Indian Medical Review
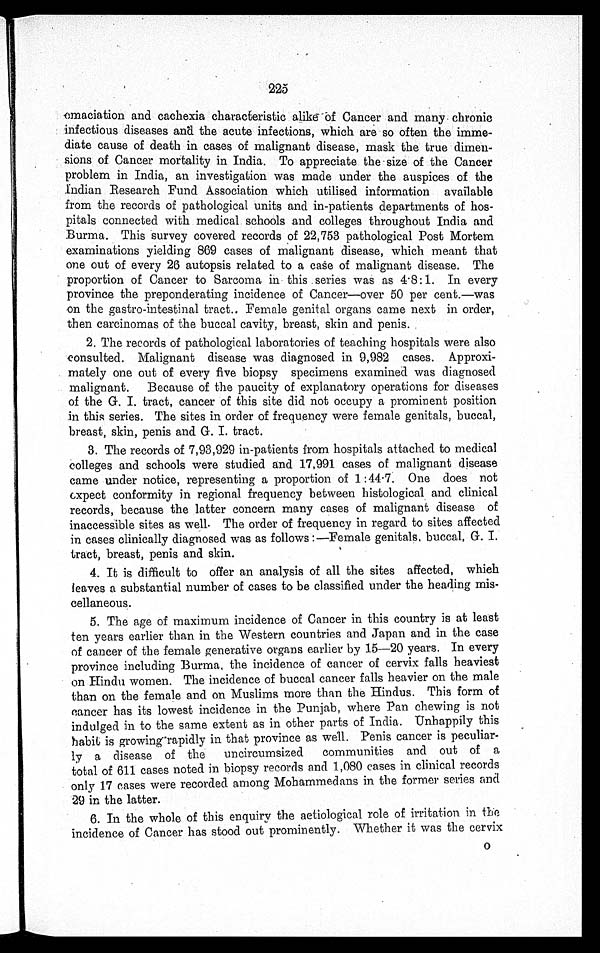
225
emaciation and cachexia characteristic alike of Cancer and many chronic
infectious diseases and the acute infections, which are so often the imme-
diate cause of death in cases of malignant disease, mask the true dimen-
sions of Cancer mortality in India. To appreciate the size of the Cancer
problem in India, an investigation was made under the auspices of the
Indian Research Fund Association which utilised information available
from the records of pathological units and in-patients departments of hos-
pitals connected with medical schools and colleges throughout India and
Burma. This survey covered records of 22,753 pathological Post Mortem
examinations yielding 869 cases of malignant disease, which meant that
one out of every 26 autopsis related to a cause of malignant disease. The
proportion of Cancer to Sarcoma in this series was as 4.8:1. In every
province the preponderating incidence of Cancer—over 50 per cent.—was
on the gastro-intestinal tract.. Female genital organs came next in order,
then carcinomas of the buccal cavity, breast, skin and penis.
2. The records of pathological laboratories of teaching hospitals were also
consulted. Malignant disease was diagnosed in 9,982 cases. Approxi
mately one out of every five biopsy specimens examined was diagnosed
malignant. Because of the paucity of explanatory operations for diseases
of the G. I. tract, cancer of this site did not occupy a prominent position
in this series. The sites in order of frequency were female genitals, buccal,
breast, skin, penis and G. I. tract.
3. The records of 7,93,929 in-patients from hospitals attached to medical
colleges and schools were studied and 17,991 cases of malignant disease
came under notice, representing a proportion of 1:44.7. One does not
expect conformity in regional frequency between histological and clinical
records, because the latter concern many cases of malignant disease of
inaccessible sites as well. The order of frequency in regard to sites affected
in cases clinically diagnosed was as follows:—Female genitals, buccal, G. I.
tract, breast, penis and skin.
4. It is difficult to offer an analysis of all the sites affected, which
leaves a substantial number of cases to be classified under the heading mis-
cellaneous.
5. The age of maximum incidence of Cancer in this country is at least
ten years earlier than in the Western countries and Japan and in the case
of cancer of the female generative organs earlier by 15-20 years. In every
province including Burma, the incidence of cancer of cervix falls heaviest
on Hindu women. The incidence of buccal cancer falls heavier on the male
than on the female and on Muslims more than the Hindus. This form of
cancer has its lowest incidence in the Punjab, where Pan chewing is not
indulged in to the same extent as in other parts of India. Unhappily this
habit is growing rapidly in that province as well. Penis cancer is peculiar-
ly a disease of the uncircumsized communities and out of a
total of 611 cases noted in biopsy records and 1,080 cases in clinical records
only 17 cases were recorded among Mohammedans in the former series and
29 in the latter.
6. In the whole of this enquiry the aetiological role of irritation in the
incidence of Cancer has stood out prominently. Whether it was the cervix
O